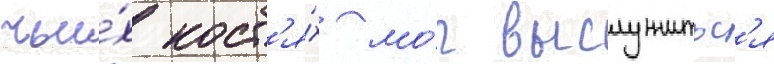
чьи́х кост'я́х мо́г выслужитьс'я